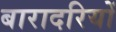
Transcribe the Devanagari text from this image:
बारादरियों